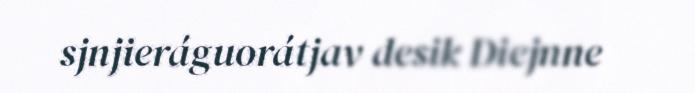
sjnjieráguorátjav desik Diejnne